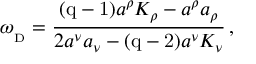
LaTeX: \omega _ { _ \mathrm { D } } = { \frac { { ( \mathrm { q - 1 ) } } a ^ { \rho } K _ { \rho } - a ^ { \rho } a _ { \rho } } { 2 a ^ { \nu } a _ { \nu } - { ( \mathrm { q - 2 ) } } a ^ { \nu } K _ { \nu } } } \, ,